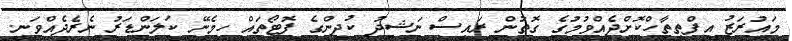
މައުރަޒު އިފްތިތާހްކޮށްދެއްވުމުގެ ގޮތުން ރައީސް ނަޝީދު ކުދިންގެ ފޮޓޯތައް ހިމެނޭ ކަލަންޑަރު ނެރެދެއްވަނީ.